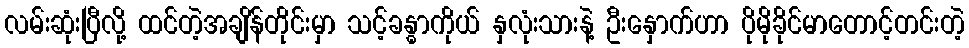
လမ်းဆုံးပြီလို့ ထင်တဲ့အချိန်တိုင်းမှာ သင့်ခန္ဓာကိုယ် နှလုံးသားနဲ့ ဦးနှောက်ဟာ ပိုမိုခိုင်မာတောင့်တင်းတဲ့